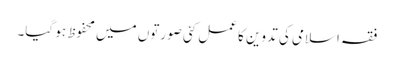
فقہ اسلامی کی تدوین کا عمل کئی صورتوں میں محفوظ ہو گیا۔